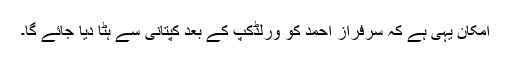
امکان یہی ہے کہ سرفراز احمد کو ورلڈکپ کے بعد کپتانی سے ہٹا دیا جائے گا۔